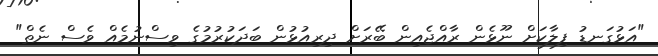
"އަޅުގަނޑު ފިލާކަށް ނޫޅެން ރާއްޖެއިން ބޭރަށް ދިރިއުޅުން ބަދަކުރުމުގެ ވިސްނުމެއް ވެސް ނެތް"